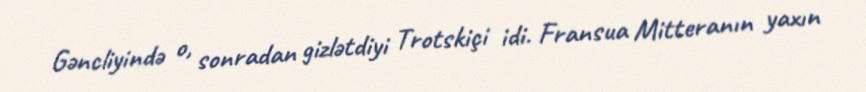
Gəncliyində o, sonradan gizlətdiyi Trotskiçi idi. Fransua Mitteranın yaxın